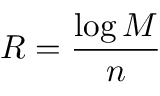
R = { \frac { \log M } { n } } \,